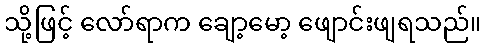
သို့ဖြင့် လော်ရာက ချော့မော့ ဖျောင်းဖျရသည်။